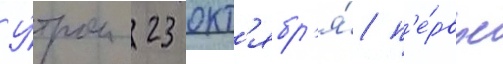
У́тром 23 окт'ябр'я́ п'е́рвое